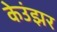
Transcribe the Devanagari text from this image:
केउंझर